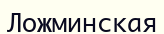
Ложминская